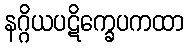
နဂ္ဂိယပဋိက္ခေပကထာ